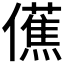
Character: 𫣾